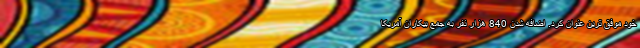
خود موفق ترین عنوان کرد. اضافه شدن 840 هزار نفر به جمع بیکاران آمریکا